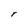
Character: r